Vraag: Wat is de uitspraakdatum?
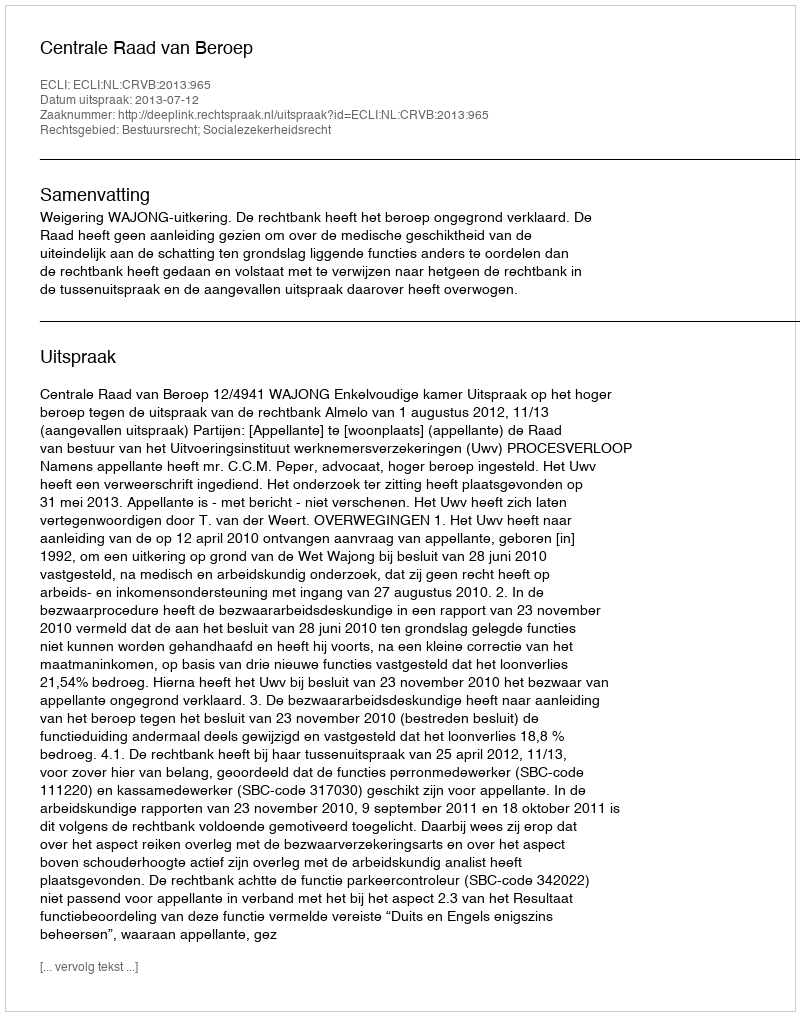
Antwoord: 2013-07-12